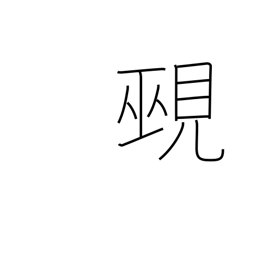
Meaning: diviner